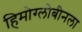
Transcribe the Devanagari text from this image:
हिमोग्लोबीनला